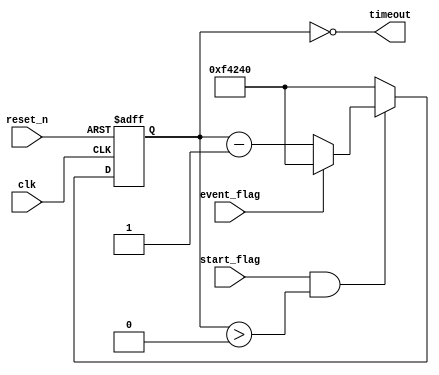
module watchdog_timer (
    input wire clk,
    input wire reset_n,
    input wire start_flag,
    input wire event_flag,
    output reg timeout
);

parameter TIMER_VALUE = 1000000; // Set timeout value to 1 second

reg [31:0] counter;

always @(posedge clk or negedge reset_n) begin
    if (~reset_n) begin
        counter <= TIMER_VALUE;
    end else begin
        if (start_flag && counter > 0) begin
            counter <= counter - 1;
            if (event_flag) begin
                counter <= TIMER_VALUE; // Reset counter on event
            end
        end else begin
            counter <= TIMER_VALUE; // Reset counter if not started or timed out
        end
    end
end

assign timeout = (counter == 0);

endmodule